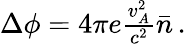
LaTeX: \begin{array}{r}{\Delta\phi=4\pi e\frac{v_{A}^{2}}{c^{2}}\bar{n}\, .}\end{array}